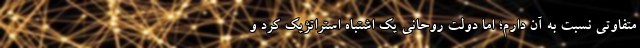
متفاوتی نسبت به آن دارم؛ اما دولت روحانی یک اشتباه استراتژیک کرد و